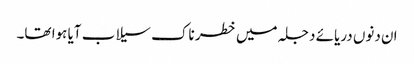
ان دنوں دریائے دجلہ میں خطر ناک سیلاب آیا ہوا تھا۔